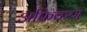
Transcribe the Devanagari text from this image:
अफ्रिकण